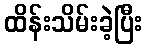
ထိန်းသိမ်းခဲ့ပြီး